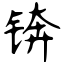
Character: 锛